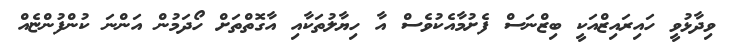
ވިދާޅުވީ ހައިރައިޒްއަކީ ބިޒްނަސް ފެށުމާއެކުވެސް އާ ހިޔާލުތަކާއި އާގޮތްތަށް ހޯދަމުން އަންނަ ކުންފުންޏެއް